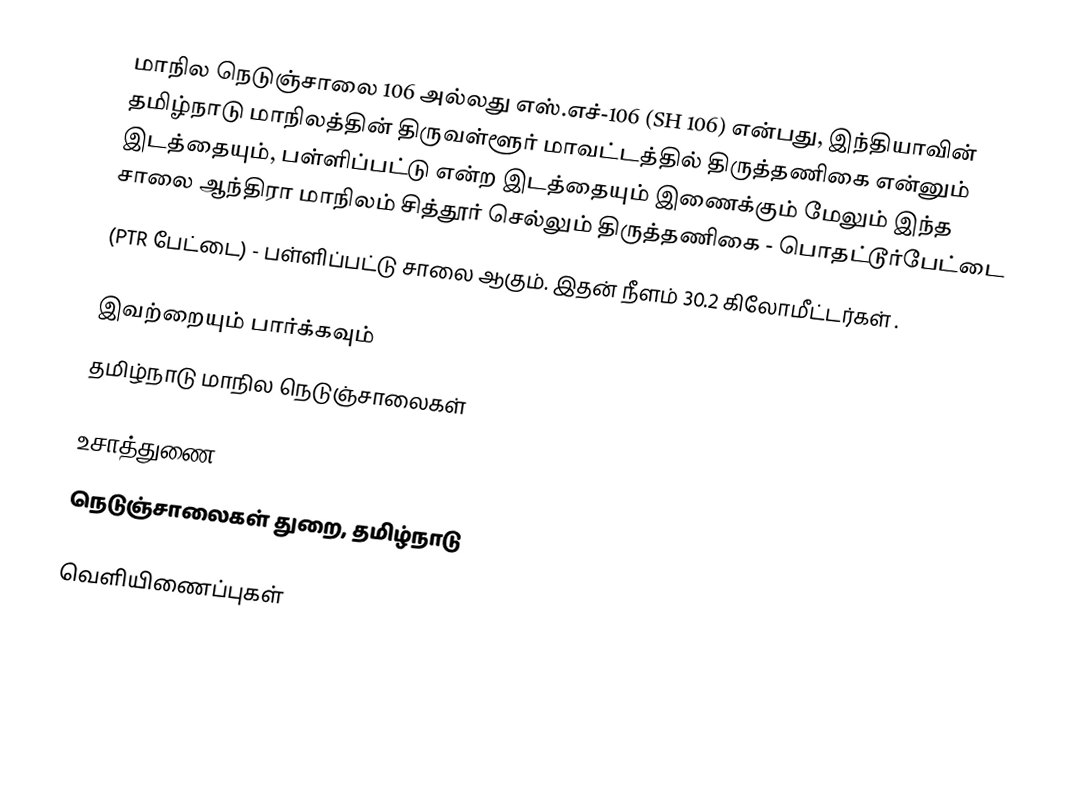
மாநில நெடுஞ்சாலை 106 அல்லது எஸ்.எச்-106 (SH 106) என்பது, இந்தியாவின் தமிழ்நாடு மாநிலத்தின் திருவள்ளூர் மாவட்டத்தில் திருத்தணிகை என்னும் இடத்தையும், பள்ளிப்பட்டு என்ற இடத்தையும் இணைக்கும் மேலும் இந்த சாலை ஆந்திரா மாநிலம் சித்தூர் செல்லும் திருத்தணிகை - பொதட்டூர்பேட்டை
(PTR பேட்டை) - பள்ளிப்பட்டு சாலை ஆகும். இதன் நீளம் 30.2  கிலோமீட்டர்கள் .

இவற்றையும் பார்க்கவும்
 தமிழ்நாடு மாநில நெடுஞ்சாலைகள்

உசாத்துணை
 நெடுஞ்சாலைகள் துறை, தமிழ்நாடு

வெளியிணைப்புகள்